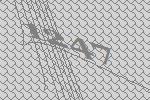
1247